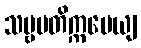
သဗ္ဗမတိက္ကမေယျ